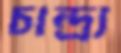
চান্দ্র্য